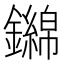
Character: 𨮨